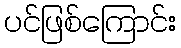
ပင်ဖြစ်ကြောင်း